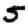
Digit: 5